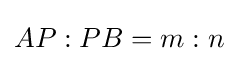
AP:PB=m:n